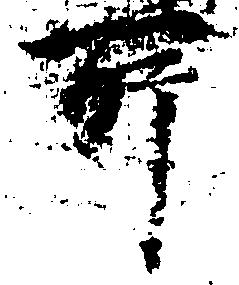
所